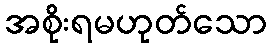
အစိုးရမဟုတ်သော